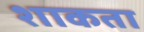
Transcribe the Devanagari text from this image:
शाकता